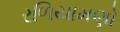
રળિયામણો